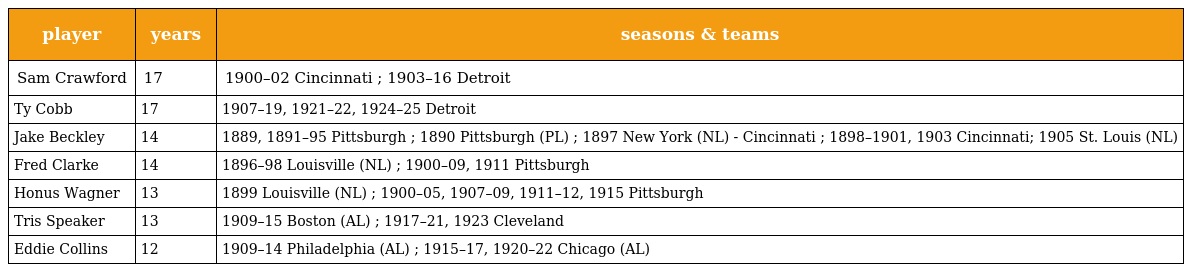
| player | years | seasons & teams |
 | --- | --- | --- |
 | Sam Crawford | 17 | 1900–02 Cincinnati ; 1903–16 Detroit |
 | Ty Cobb | 17 | 1907–19, 1921–22, 1924–25 Detroit |
 | Jake Beckley | 14 | 1889, 1891–95 Pittsburgh ; 1890 Pittsburgh (PL) ; 1897 New York (NL) - Cincinnati ; 1898–1901, 1903 Cincinnati; 1905 St. Louis (NL) |
 | Fred Clarke | 14 | 1896–98 Louisville (NL) ; 1900–09, 1911 Pittsburgh |
 | Honus Wagner | 13 | 1899 Louisville (NL) ; 1900–05, 1907–09, 1911–12, 1915 Pittsburgh |
 | Tris Speaker | 13 | 1909–15 Boston (AL) ; 1917–21, 1923 Cleveland |
 | Eddie Collins | 12 | 1909–14 Philadelphia (AL) ; 1915–17, 1920–22 Chicago (AL) |